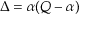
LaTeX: \Delta = \alpha ( Q - \alpha )